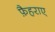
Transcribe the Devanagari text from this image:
फ़ैहराए